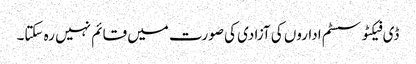
ڈی فیکٹو سسٹم اداروں کی آزادی کی صورت میں قائم نہیں رہ سکتا۔